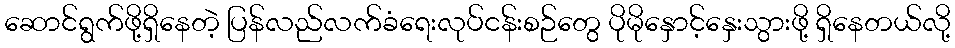
ဆောင်ရွက်ဖို့ရှိနေတဲ့ ပြန်လည်လက်ခံရေးလုပ်ငန်းစဉ်တွေ ပိုမိုနှောင့်နှေးသွားဖို့ ရှိနေတယ်လို့